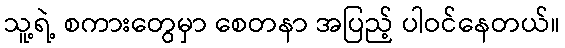
သူ့ရဲ့ စကားတွေမှာ စေတနာ အပြည့် ပါဝင်နေတယ်။